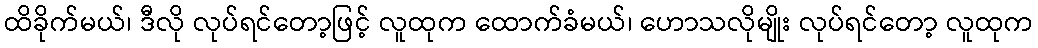
ထိခိုက်မယ်၊ ဒီလို လုပ်ရင်တော့ဖြင့် လူထုက ထောက်ခံမယ်၊ ဟောသလိုမျိုး လုပ်ရင်တော့ လူထုက